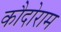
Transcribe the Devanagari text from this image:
कौदोराम